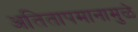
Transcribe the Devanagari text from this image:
अतितापमानामुळे